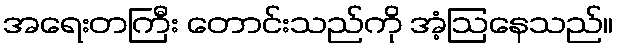
အရေးတကြီး တောင်းသည်ကို အံ့ဩနေသည်။